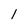
Character: l